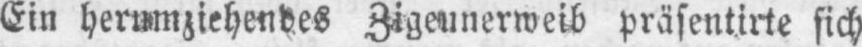
Zigeunerweib präsentirte sich